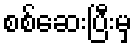
စစ်ဆေးပြီးမှ